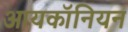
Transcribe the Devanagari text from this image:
आयकॉनियन